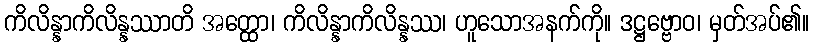
ကိလိန္နာကိလိန္နဿာတိ အတ္ထော၊ ကိလိန္နာကိလိန္နဿ၊ ဟူသောအနက်ကို။ ဒဋ္ဌဗ္ဗောဝ၊ မှတ်အပ်၏။